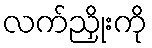
လက်ညှိုးကို